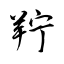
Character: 羜